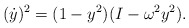
\begin{align*} (\dot{y})^2 = (1-y^2) (I-\omega^2 y^2).\end{align*}